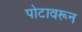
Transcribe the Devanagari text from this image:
पोटावरून